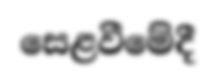
සෙළවීමේදී